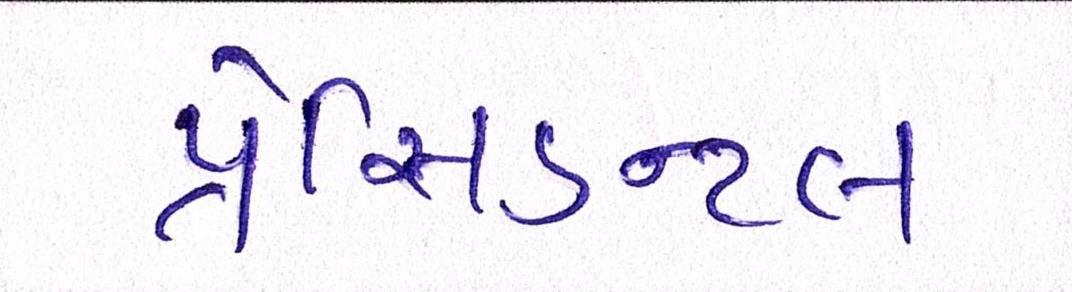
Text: પ્રેસિડન્ટલ